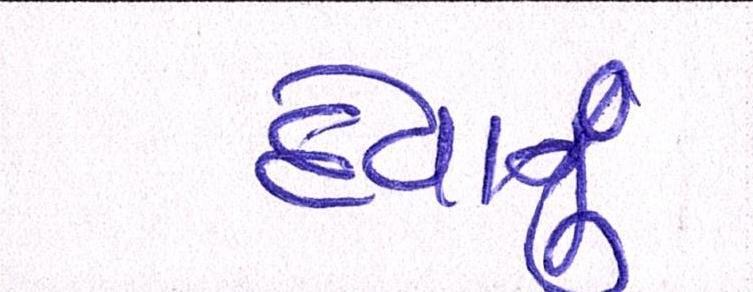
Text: દેવાનું